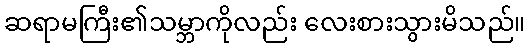
ဆရာမကြီး၏သမ္ဘာကိုလည်း လေးစားသွားမိသည်။